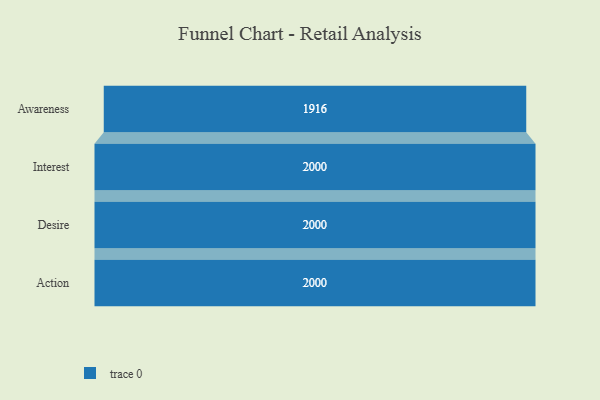
{"axis": {"x": "Stage", "y": "Value"}, "legend": [""], "data": [{"x": "Awareness", "y": 1916.0, "type": ""}, {"x": "Interest", "y": 2000, "type": ""}, {"x": "Desire", "y": 2000, "type": ""}, {"x": "Action", "y": 2000, "type": ""}]}